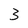
Character: 3